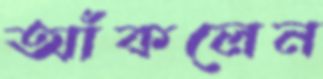
আঁকলেন